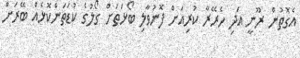
އެގޮތުން ރޫނީ އަދި ހެރޭރާ ކުރިއަށް ފޮނުވާލި ބޯޅަތަށް ގޯލުގެ ކުޑަތަންކޮޅެއް ބޭރަށް